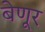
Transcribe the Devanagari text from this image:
बेणूर